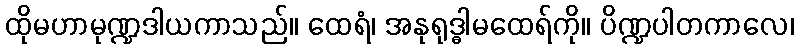
ထိုမဟာမုဏ္ဍဒါယကာသည်။ ထေရံ၊ အနုရုဒ္ဓါမထေရ်ကို။ ပိဏ္ဍပါတကာလေ၊